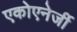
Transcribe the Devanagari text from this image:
एकोएनेर्जी